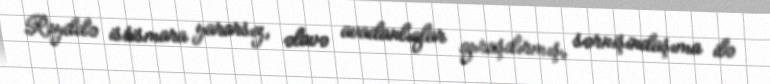
Reyddə istismara yararsız, əlavə avadanlıqlar quraşdırmış, sərnişindaşıma ilə